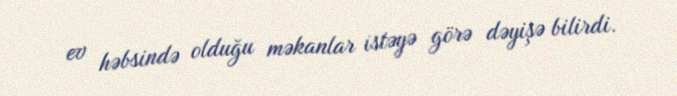
ev həbsində olduğu məkanlar istəyə görə dəyişə bilirdi.